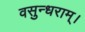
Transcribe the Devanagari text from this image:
वसुन्धराम्।